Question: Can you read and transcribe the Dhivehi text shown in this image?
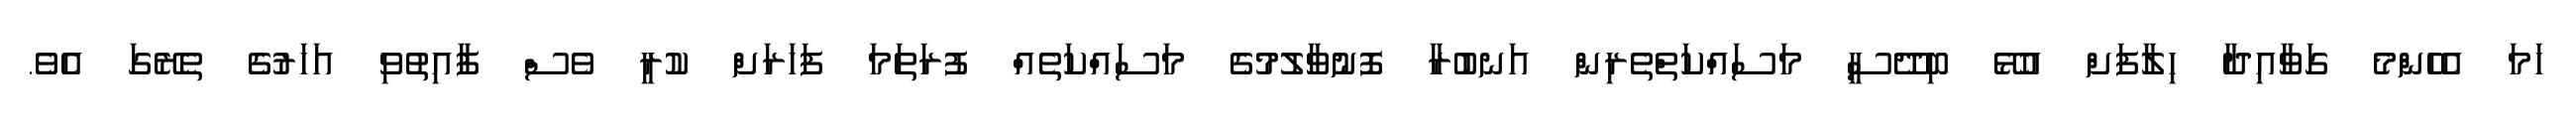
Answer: ހަމަ އެހެންމެ ގަވާއިދާ ހިލާފަށް އުޅޭ ބިދޭސީ މަސައްކަތްތެރިން އަނބުރާ ފޮނުވާލުމުގެ މަސައްކަތެއް ފުރަތަމަ ފަހަރަށް ކުރީ ވެސް ފާއިތުވި އަހަރުގެ ތެރޭގަ އެވެ.